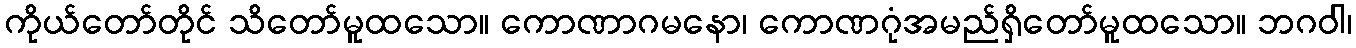
ကိုယ်တော်တိုင် သိတော်မူထသော။ ကောဏာဂမနော၊ ကောဏဂုံအမည်ရှိတော်မူထသော။ ဘဂဝါ၊